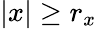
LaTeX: |{x}|\geq r_{x}